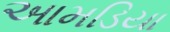
આમડિયા